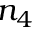
n _ { 4 }